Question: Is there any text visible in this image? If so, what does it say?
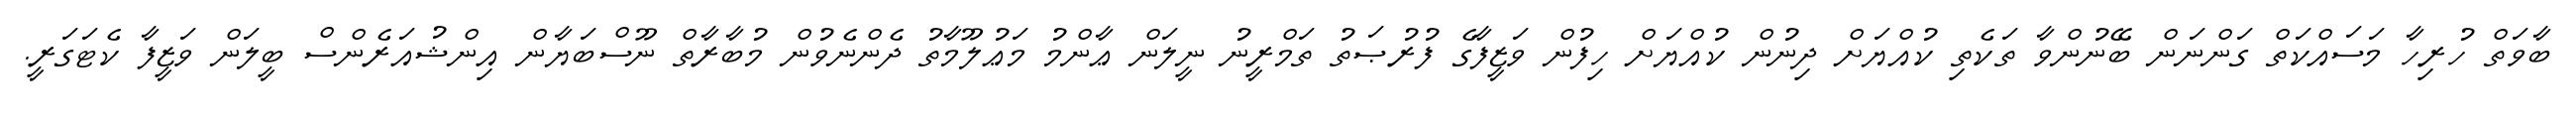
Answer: ބާވަތް ހުރިހާ މަސައްކަތް ގަންނަން ބޭނުންވާ ތަކެތި ކުއްޔަށް ދިނުން ކުއްޔަށް ހިފުން ވަޒީފާގެ ފުރުޞަތު ތަމްރީނު ނީލަން ޢާންމު މަޢުލޫމާތު ދެންނެވުން މުބާރާތް ނޫސްބަޔާން އިންޝުއަރެންސް ބީލަން ވަޒީފާ ކެޓަގަރީ.